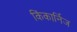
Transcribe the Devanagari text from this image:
किंकार्निज